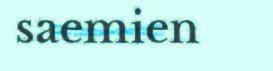
saemien